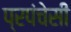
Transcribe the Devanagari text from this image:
प्रपंचेसी